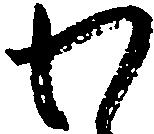
わ